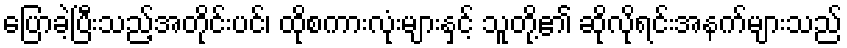
ပြောခဲ့ပြီးသည့်အတိုင်းပင်၊ ထိုစကားလုံးများနှင့် သူတို့၏ ဆိုလိုရင်းအနက်များသည်